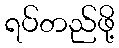
ရပ်တည်ဖို့